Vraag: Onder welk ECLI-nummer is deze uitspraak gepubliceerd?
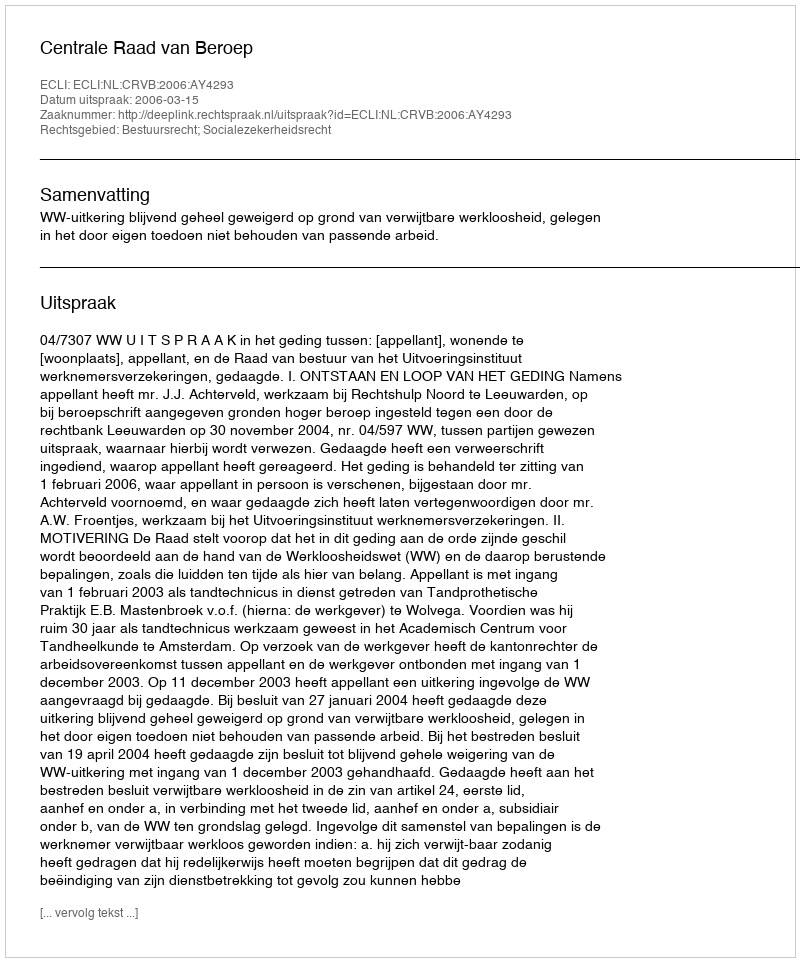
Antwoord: ECLI:NL:CRVB:2006:AY4293